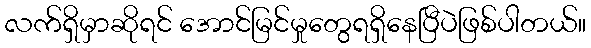
လက်ရှိမှာဆိုရင် အောင်မြင်မှုတွေရရှိနေပြီပဲဖြစ်ပါတယ်။